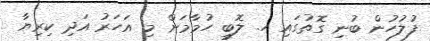
ފުލުހުން ބުނި ގޮތުގައި ހ. ލޮބީ ހުމާމަށް މި އަހަރު އަދި ކިރިޔާ